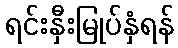
ရင်းနှီးမြုပ်နှံရန်